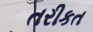
તરીકત